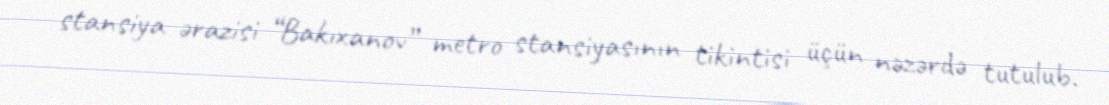
stansiya ərazisi “Bakıxanov” metro stansiyasının tikintisi üçün nəzərdə tutulub.